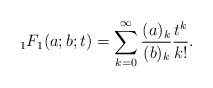
\begin{align*}{}_1F_1(a;b;t) = \sum_{k=0}^\infty \frac{(a)_k}{(b)_k} \frac{t^k}{k!}.\end{align*}